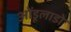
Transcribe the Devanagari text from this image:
ओंडूलाडो